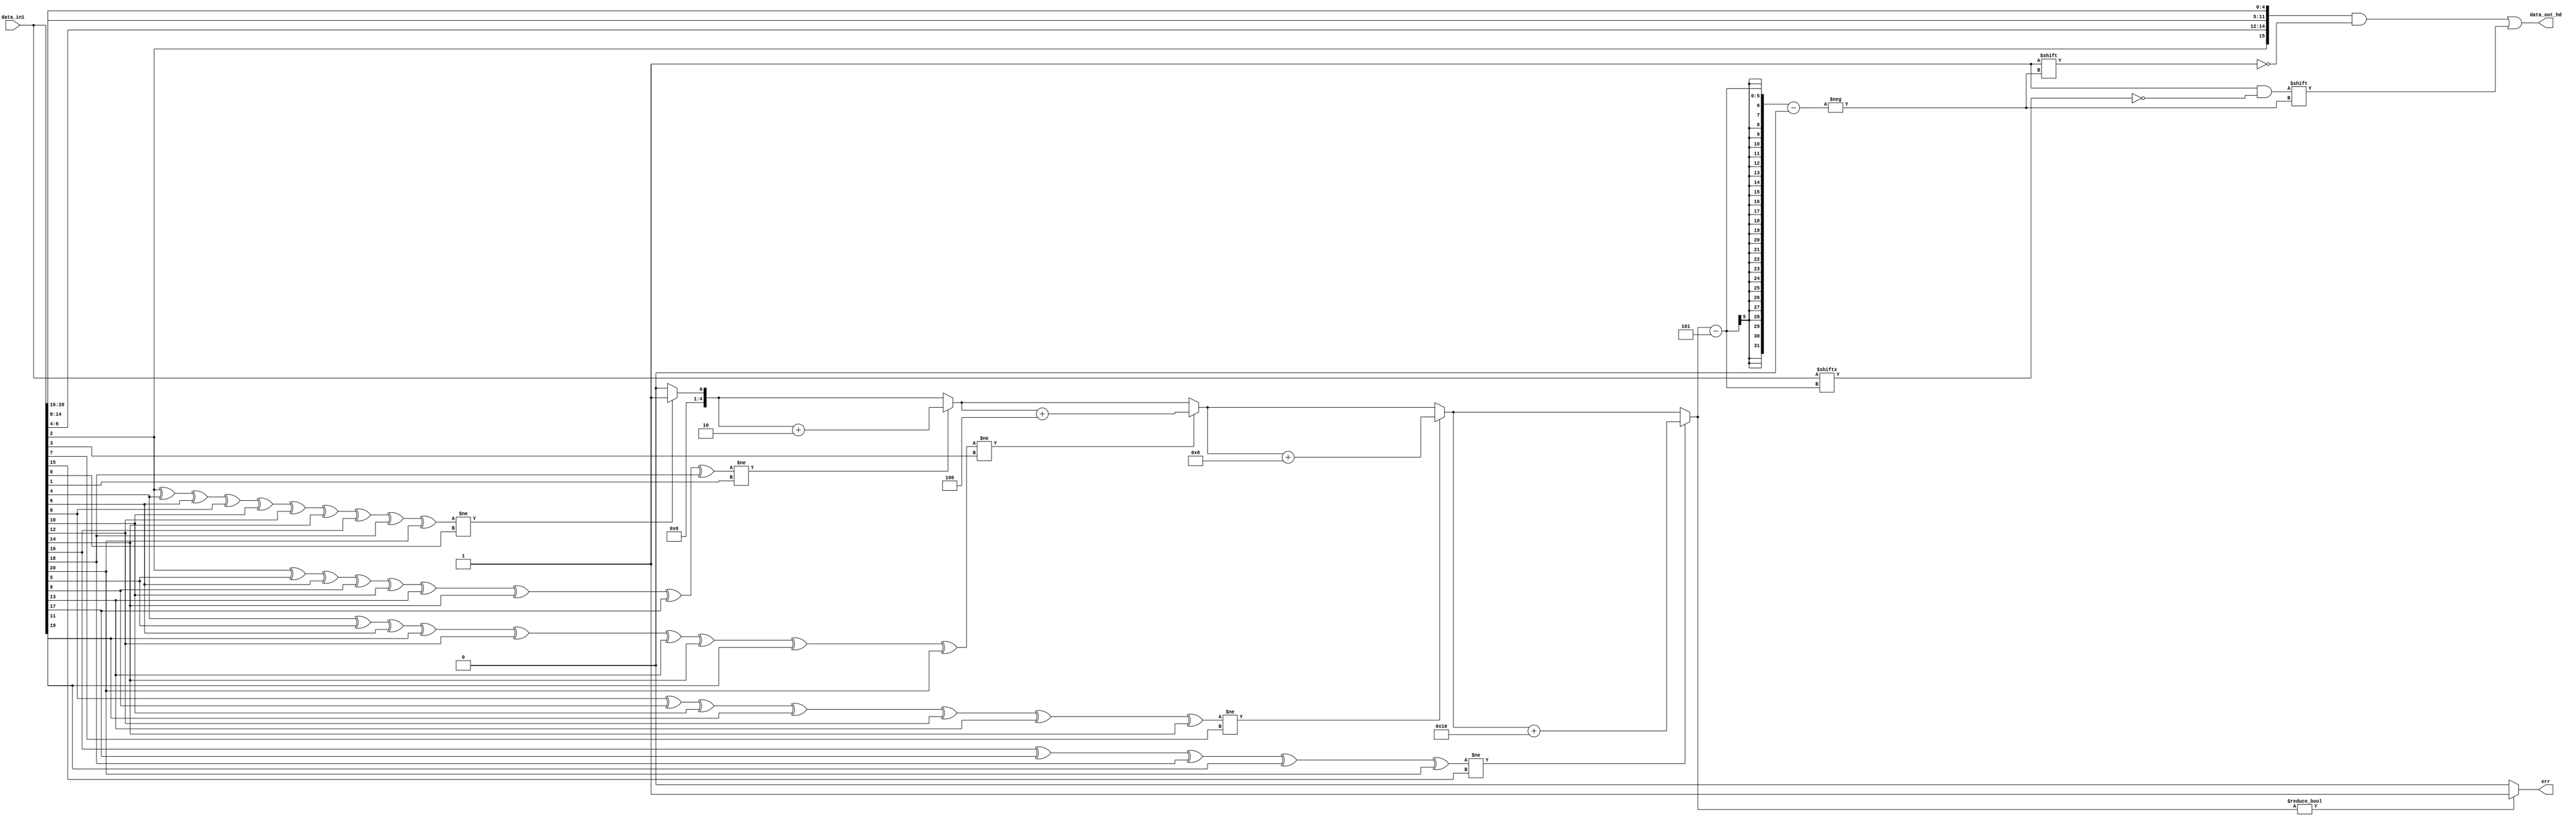
module hamming_decoder(output reg [15:0]data_out_hd,
output reg err,
input [20:0] data_in1);


reg [4:0] S;
reg [4:0] pout;
reg [4:0] k;

always@(*)
begin 
        S=0;
	data_out_hd =0 ;
        pout[0]= data_in1[2]^data_in1[4]^data_in1[6]^data_in1[8]^data_in1[10]
	           ^data_in1[12]^data_in1[14]^data_in1[16]^data_in1[18]
		   ^data_in1[20];
        pout[1]= data_in1[2]^data_in1[5]^data_in1[6]^data_in1[9]^data_in1[10]^
		   data_in1[13]^data_in1[14]^data_in1[17]^data_in1[18];
        pout[2]= data_in1[4]^data_in1[5]^data_in1[6]^data_in1[11]^data_in1[12]
	           ^data_in1[13]^data_in1[14]^data_in1[19]^data_in1[20];
	pout[3]= data_in1[8]^data_in1[9]^data_in1[10]^data_in1[11]^data_in1[12]
	           ^data_in1[13]^data_in1[14];
	pout[4] = data_in1[16]^data_in1[17]^data_in1[18]^data_in1[19]^data_in1[20];
	
	for(k = 0; k<5; k=k+1)
	begin
	if(pout[k]!=data_in1[2**k-1])begin
		S =S+(2**k);
	end
       data_out_hd={data_in1[2],data_in1[6:4],
	       data_in1[14:8],data_in1[20:16]};
       data_out_hd[S-5]=~data_in1[S-5];
       if(S!=0)begin
	       err = 1;
       end else begin
	       err = 0;
       end
end

end
endmodule